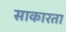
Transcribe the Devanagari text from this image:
साकारता